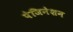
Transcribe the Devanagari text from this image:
पेजिनेशन